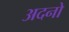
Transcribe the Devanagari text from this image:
अदनो